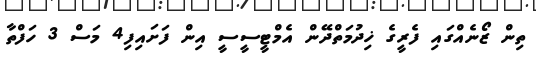
ތިން ޒޯނެއްގައި ފެރީގެ ޚިދުމަތްދޭން އެމްޓީސީސީ އިން ފަށައިފި4 މަސް 3 ހަފްތާ